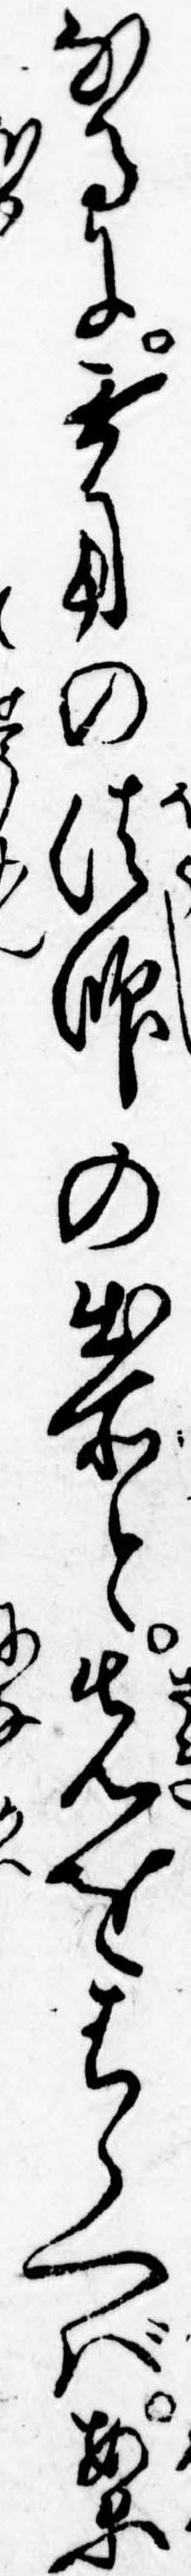
なるに無用の法師の出所と先をはらへば案